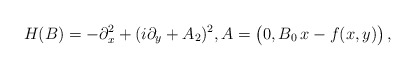
\begin{align*} H(B)= -\partial_x^2 +(i\partial_y+A_2)^2, A = \big(0,B_0\,x- f(x,y)\big)\,,\end{align*}